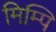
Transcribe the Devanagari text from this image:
मिम्पि